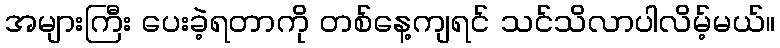
အများကြီး ပေးခဲ့ရတာကို တစ်နေ့ကျရင် သင်သိလာပါလိမ့်မယ်။